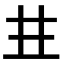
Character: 𠀎